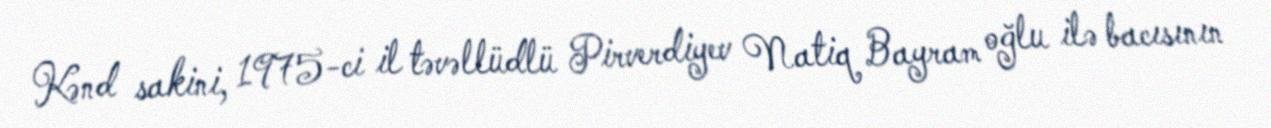
Kənd sakini, 1975-ci il təvəllüdlü Pirverdiyev Natiq Bayram oğlu ilə bacısının